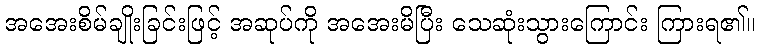
အအေးစိမ်ချိုးခြင်းဖြင့် အဆုပ်ကို အအေးမိပြီး သေဆုံးသွားကြောင်း ကြားရ၏။